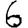
Digit: 6